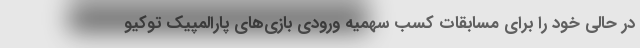
در حالی خود را برای مسابقات کسب سهمیه ورودی بازی‌های پارالمپیک توکیو